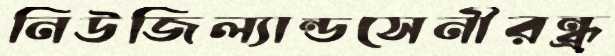
নিউজিল্যান্ডসেনীরন্ধ্র্র